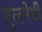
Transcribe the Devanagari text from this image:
तुलनेची